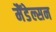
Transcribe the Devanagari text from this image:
मैंडेल्सन